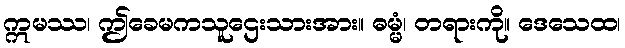
ဣမဿ၊ ဤခေမကသူဌေးသားအား။ ဓမ္မံ၊ တရားကို။ ဒေသေထ၊